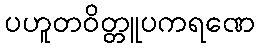
ပဟူတဝိတ္တူပကရဏေ